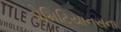
ડોમિટિયાનસના